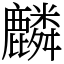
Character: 麟